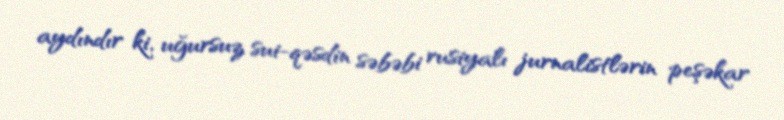
aydındır ki, uğursuz sui-qəsdin səbəbi rusiyalı jurnalistlərin peşəkar